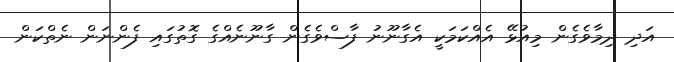
އަދި ދިމާވެގެން މިއުޅޭ އެއްކަމަކީ އެގާނޫނު ފާސްވެގެން ގާނޫނެއްގެ ގޮތުގައި ފެންނަން ނެތްކަން